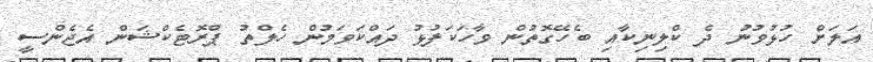
އަލަށް ހުޅުވުނު ދެ ކްލިނިކާއި ބެހޭގޮތުން ވާހަކަފުޅު ދައްކަވަމުން ހެލްތު ޕްރޮޓެކްޝަން އެޖެންސީ